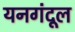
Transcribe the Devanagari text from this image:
यनगंदूल